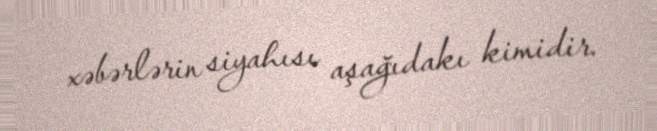
xəbərlərin siyahısı aşağıdakı kimidir.